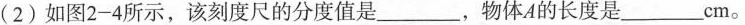
(2)如图2-4所示，该刻度尺的分度值是______，物体A的长度是______cm。